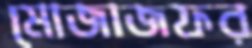
মোজাজফর